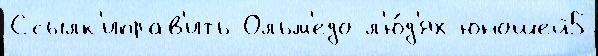
Ссылк'иправ'ить Ольм'едо л'ю́д'ях юношей5